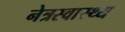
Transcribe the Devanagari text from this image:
नेत्रस्वास्थ्य